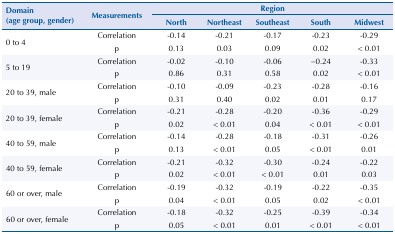
<table><thead><tr><td rowspan="3"><b>Domain (age group, gender)</b></td><td rowspan="3"><b>Measurements</b></td><td colspan="5"><b>Region</b></td></tr><tr><td><b>North</b></td><td><b>Northeast</b></td><td><b>Southeast</b></td><td><b>South</b></td><td><b>Midwest</b></td></tr></thead><tbody><tr><td rowspan="2">0 to 4</td><td>Correlation</td><td>-0.14</td><td>-0.21</td><td>-0.17</td><td>-0.23</td><td>-0.29</td></tr><tr><td>p</td><td>0.13</td><td>0.03</td><td>0.09</td><td>0.02</td><td>&lt; 0.01</td></tr><tr><td rowspan="2">5 to 19</td><td>Correlation</td><td>-0.02</td><td>-0.10</td><td>-0.06</td><td>−0.24</td><td>-0.33</td></tr><tr><td>p</td><td>0.86</td><td>0.31</td><td>0.58</td><td>0.02</td><td>&lt; 0.01</td></tr><tr><td rowspan="2">20 to 39, male</td><td>Correlation</td><td>-0.10</td><td>-0.09</td><td>-0.23</td><td>-0.28</td><td>-0.16</td></tr><tr><td>p</td><td>0.31</td><td>0.40</td><td>0.02</td><td>0.01</td><td>0.17</td></tr><tr><td rowspan="2">20 to 39, female</td><td>Correlation</td><td>-0.21</td><td>-0.28</td><td>-0.20</td><td>-0.36</td><td>-0.29</td></tr><tr><td>p</td><td>0.02</td><td>&lt; 0.01</td><td>0.04</td><td>&lt; 0.01</td><td>&lt; 0.01</td></tr><tr><td rowspan="2">40 to 59, male</td><td>Correlation</td><td>-0.14</td><td>-0.28</td><td>-0.18</td><td>-0.31</td><td>-0.26</td></tr><tr><td>p</td><td>0.13</td><td>&lt; 0.01</td><td>0.05</td><td>&lt; 0.01</td><td>0.01</td></tr><tr><td rowspan="2">40 to 59, female</td><td>Correlation</td><td>-0.21</td><td>-0.32</td><td>-0.30</td><td>-0.24</td><td>-0.22</td></tr><tr><td>p</td><td>0.02</td><td>&lt; 0.01</td><td>&lt; 0.01</td><td>0.01</td><td>0.03</td></tr><tr><td rowspan="2">60 or over, male</td><td>Correlation</td><td>-0.19</td><td>-0.32</td><td>-0.19</td><td>-0.22</td><td>-0.35</td></tr><tr><td>p</td><td>0.04</td><td>&lt; 0.01</td><td>0.05</td><td>0.02</td><td>&lt; 0.01</td></tr><tr><td rowspan="2">60 or over, female</td><td>Correlation</td><td>-0.18</td><td>-0.32</td><td>-0.25</td><td>-0.39</td><td>-0.34</td></tr><tr><td>p</td><td>0.05</td><td>&lt; 0.01</td><td>0.01</td><td>&lt; 0.01</td><td>&lt; 0.01</td></tr></tbody></table>